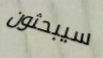
سيبحثون